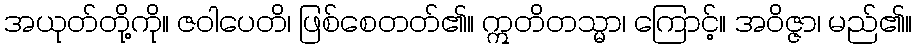
အယုတ်တို့ကို။ ဇဝါပေတိ၊ ဖြစ်စေတတ်၏။ ဣတိတသ္မာ၊ ကြောင့်။ အဝိဇ္ဇာ၊ မည်၏။